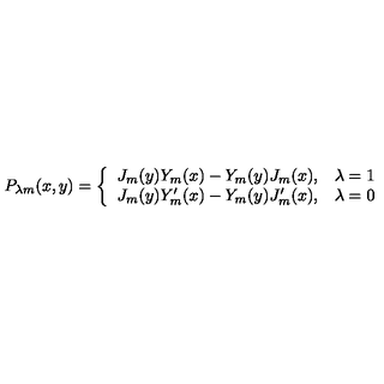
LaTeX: P _ { \lambda m } ( x , y ) = \left\{ \begin{array} { l l } { J _ { m } ( y ) Y _ { m } ( x ) - Y _ { m } ( y ) J _ { m } ( x ) , } & { \lambda = 1 } \\ { J _ { m } ( y ) Y _ { m } ^ { \prime } ( x ) - Y _ { m } ( y ) J _ { m } ^ { \prime } ( x ) , } & { \lambda = 0 } \\ \end{array} \right.